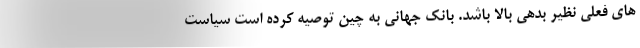
های فعلی نظیر بدهی بالا باشد. بانک جهانی به چین توصیه کرده است سیاست